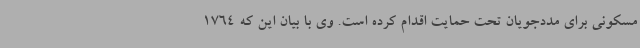
مسکونی برای مددجویان تحت حمایت اقدام کرده است. وی با بیان این که 1764